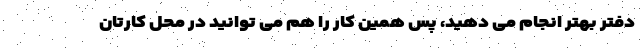
دفتر بهتر انجام می دهید، پس همین کار را هم می توانید در محل کارتان